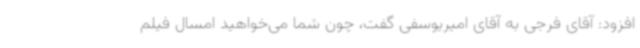
افزود:‌ آقای فرجی به آقای امیریوسفی گفت، چون شما می‌خواهید امسال فیلم